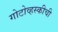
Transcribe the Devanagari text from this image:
गोटोव्हस्कीची